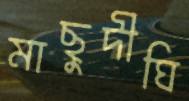
মাছুদীঘি